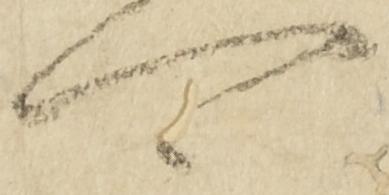
可